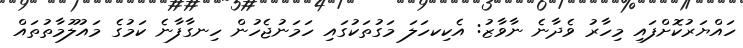
ހައްޔަރުކޮށްފައި މިހާރު ވެދާނެ ނާވާޒު: އެކިކހަލަ މަގުތަކުގައި ހަމަނުޖެހުން ހިނގާފާނެ ކަމުގެ މައުލޫމާތުތައް